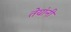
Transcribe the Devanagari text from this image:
तेयांनी